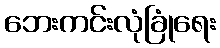
ဘေးကင်းလုံခြုံရေး